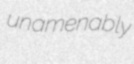
unamenably